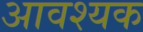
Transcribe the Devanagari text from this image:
अावश्यक